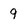
Character: g